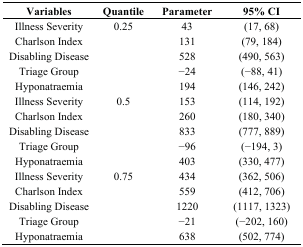
<table><thead><tr><td><b>Variables</b></td><td><b>Quantile</b></td><td><b>Parameter</b></td><td><b>95% CI</b></td></tr></thead><tbody><tr><td>Illness Severity</td><td>0.25</td><td>43</td><td>(17, 68)</td></tr><tr><td>Charlson Index</td><td></td><td>131</td><td>(79, 184)</td></tr><tr><td>Disabling Disease</td><td></td><td>528</td><td>(490, 563)</td></tr><tr><td>Triage Group</td><td></td><td>−24</td><td>(−88, 41)</td></tr><tr><td>Hyponatraemia</td><td></td><td>194</td><td>(146, 242)</td></tr><tr><td>Illness Severity</td><td>0.5</td><td>153</td><td>(114, 192)</td></tr><tr><td>Charlson Index</td><td></td><td>260</td><td>(180, 340)</td></tr><tr><td>Disabling Disease</td><td></td><td>833</td><td>(777, 889)</td></tr><tr><td>Triage Group</td><td></td><td>−96</td><td>(−194, 3)</td></tr><tr><td>Hyponatraemia</td><td></td><td>403</td><td>(330, 477)</td></tr><tr><td>Illness Severity</td><td>0.75</td><td>434</td><td>(362, 506)</td></tr><tr><td>Charlson Index</td><td></td><td>559</td><td>(412, 706)</td></tr><tr><td>Disabling Disease</td><td></td><td>1220</td><td>(1117, 1323)</td></tr><tr><td>Triage Group</td><td></td><td>−21</td><td>(−202, 160)</td></tr><tr><td>Hyponatraemia</td><td></td><td>638</td><td>(502, 774)</td></tr></tbody></table>